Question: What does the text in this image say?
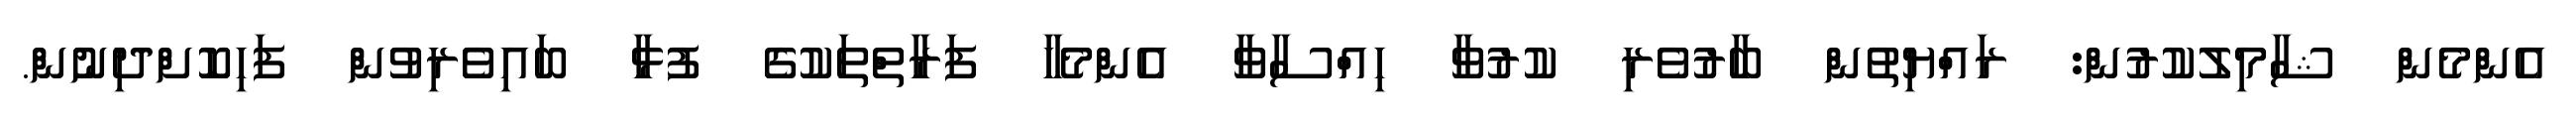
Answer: އެންމެން ޝާމިލުކުރުން: ރައްޔިތުން ބާރުވެރި ކުރުވާ ހިއްސާވާ އެންމެހާ ފަރާތްތަކުގެ ފުޅާ ބައިވެރިވުން ފަހިކޮށްދިނުން.